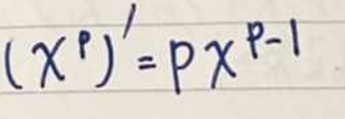
\((x^{p})' = px^{p - 1}\)